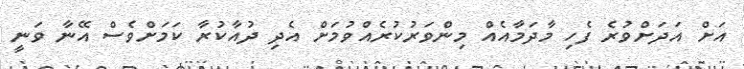
އަށް އަދަށްވުރެ ފެހި މާދަމާއެއް މިންވަރުކުރެއްވުމަށް އެދި ދުއާކުރާ ކަމަށްވެސް އޭނާ ވަނީ